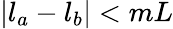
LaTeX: |l_{a}-l_{b}|<mL